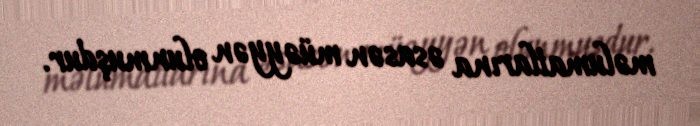
məlumatlarına əsasən müəyyən olunmuşdur.